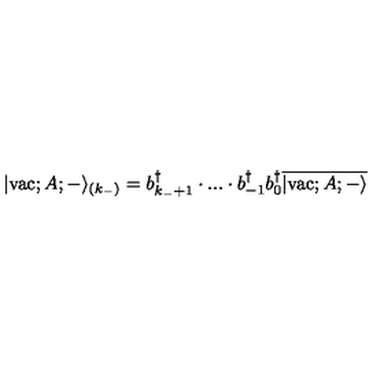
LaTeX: | \mathrm { v a c } ; A ; - \rangle _ { ( k _ { - } ) } = b _ { k _ { - } + 1 } ^ { \dagger } \cdot . . . \cdot b _ { - 1 } ^ { \dagger } b _ { 0 } ^ { \dagger } \overline { { | \mathrm { v a c } ; A ; - \rangle } }